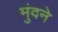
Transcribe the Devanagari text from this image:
मुंदने